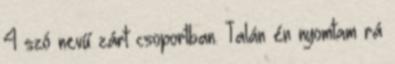
4 szó nevű zárt csoportban. Talán én nyomtam rá